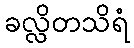
ခလ္လိတသိရံ